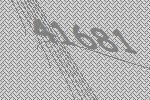
41681